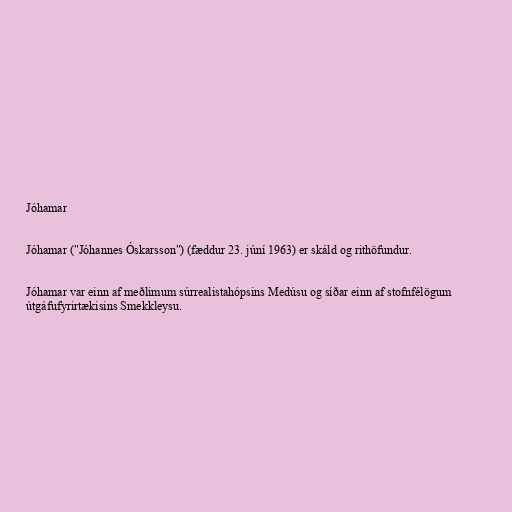
Jóhamar

Jóhamar ("Jóhannes Óskarsson") (fæddur 23. júní 1963) er skáld og rithöfundur.

Jóhamar var einn af meðlimum súrrealistahópsins Medúsu og síðar einn af stofnfélögum
útgáfufyrirtækisins Smekkleysu.